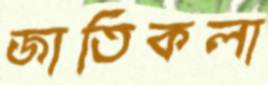
জাতিকলা